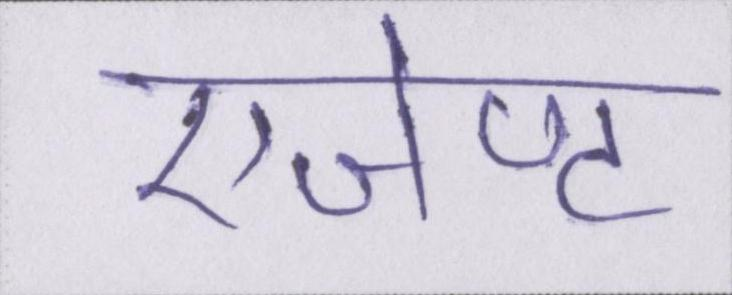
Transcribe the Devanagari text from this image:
एजेण्ट